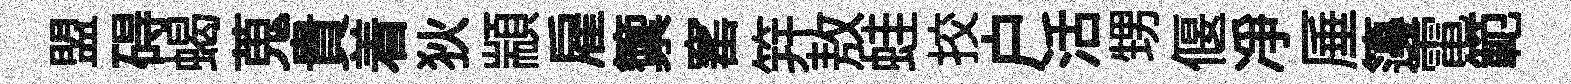
盟碍蝎蒐貴着狄顓雇籞窰笄敖蛙挍户活甥偃凈厜籩電範